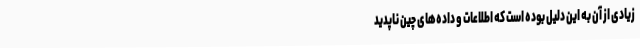
زیادی از آن به این دلیل بوده است که اطلاعات و داده‌های چین ناپدید